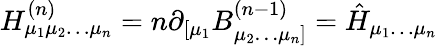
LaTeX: H_{\mu_{1}\mu_{2}\ldots\mu_{n}}^{(n)}=n\partial_{[\mu_{1}}B_{\mu_{2}\ldots\mu_{n}]}^{(n-1)}=\hat{H}_{\mu_{1}\ldots\mu_{n}}